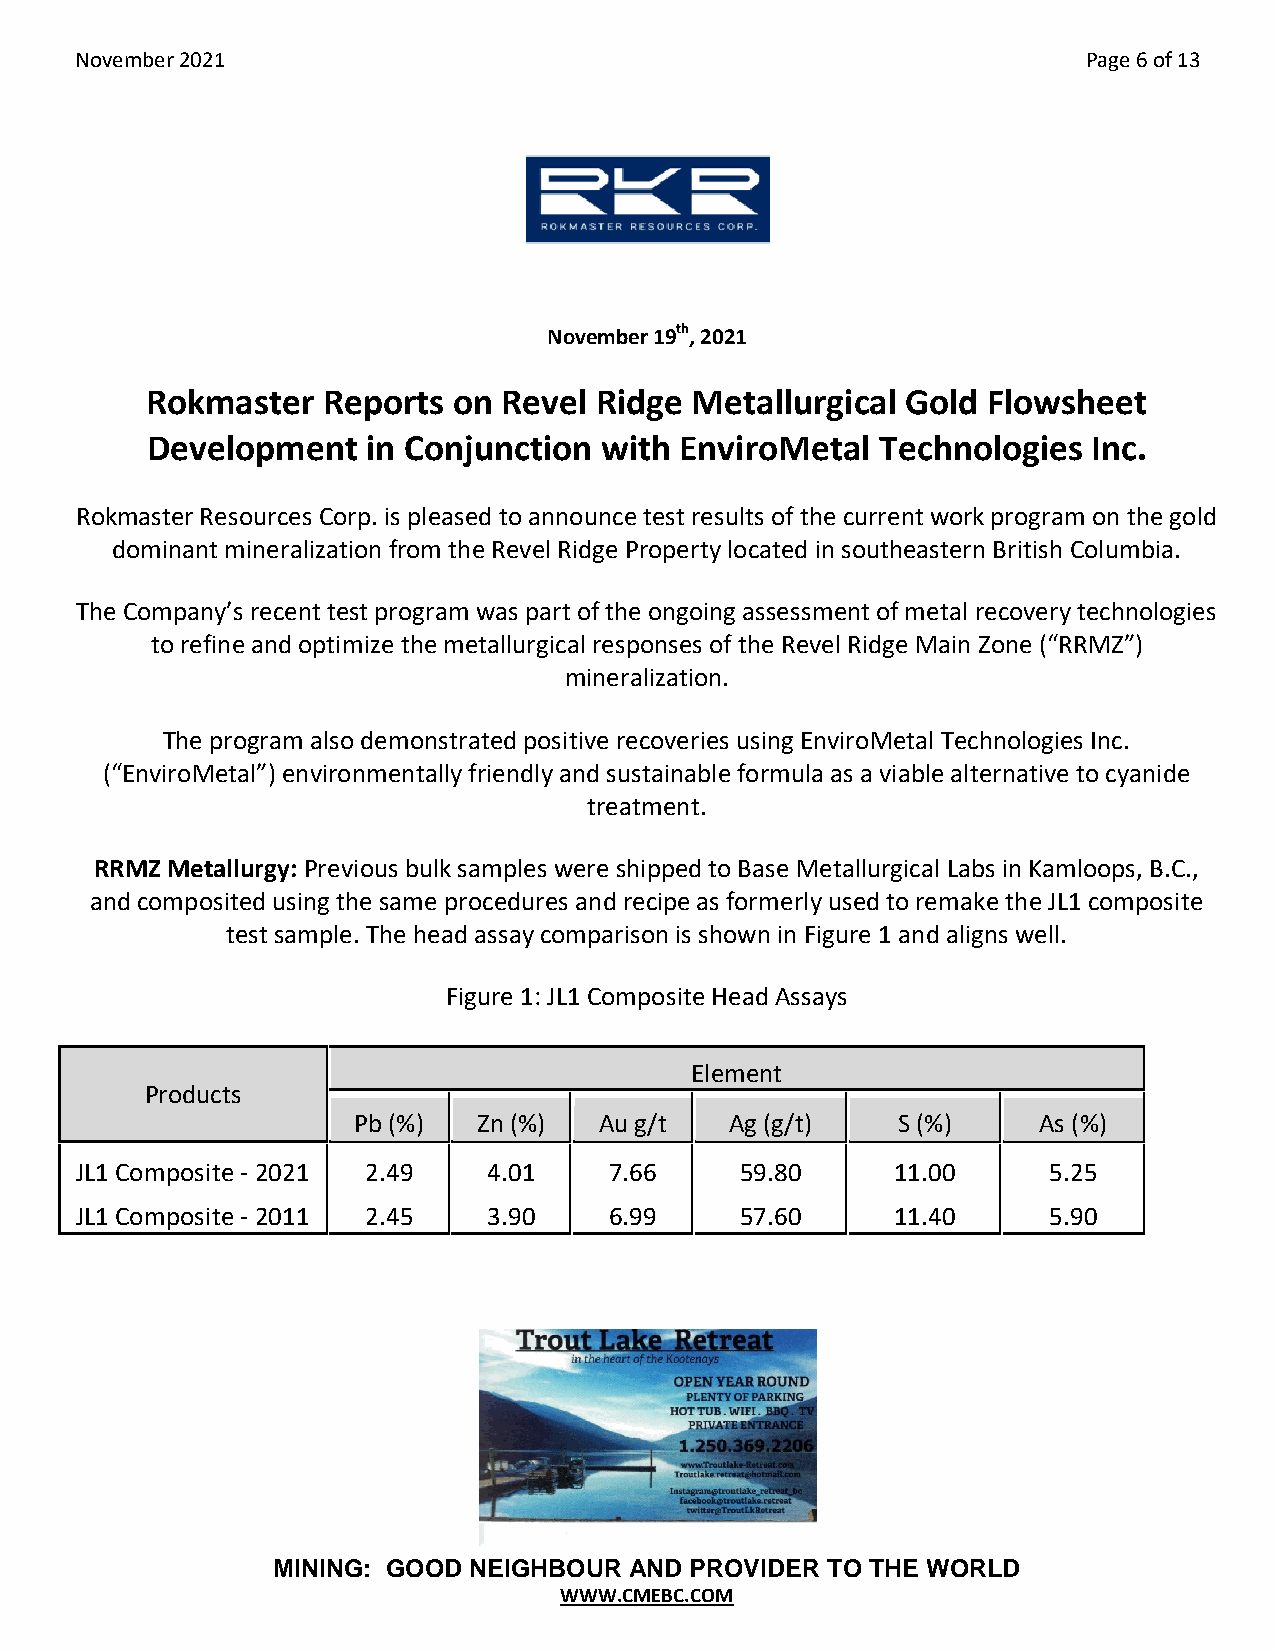
November 2021                                                      Page 6 of 13
 November 19th, 2021
 Rokmaster  Reports  on Revel Ridge  Metallurgical Gold Flowsheet
 Development   in Conjunction  with EnviroMetal  Technologies  Inc.
 Rokmaster Resources Corp. is pleased to announce test results of the current work program on the gold
 dominant mineralization from the Revel Ridge Property located in southeastern British Columbia.
 The Company’s recent test program was part of the ongoing assessment of metal recovery technologies
 to refine and optimize the metallurgical responses of the Revel Ridge Main Zone (“RRMZ”)
 mineralization.
 The program also demonstrated positive recoveries using EnviroMetal Technologies Inc.
 (“EnviroMetal”) environmentally friendly and sustainable formula as a viable alternative to cyanide
 treatment.
 RRMZ Metallurgy: Previous bulk samples were shipped to Base Metallurgical Labs in Kamloops, B.C.,
 and composited using the same procedures and recipe as formerly used to remake the JL1 composite
 test sample. The head assay comparison is shown in Figure 1 and aligns well.
 Figure 1: JL1 Composite Head Assays
 Element
 Products
 Pb (%)   Zn (%)  Au g/t  Ag (g/t)   S (%)     As (%)
 JL1 Composite - 2021 2.49  4.01    7.66     59.80     11.00     5.25
 JL1 Composite - 2011 2.45  3.90    6.99     57.60     11.40     5.90
 MINING: GOOD NEIGHBOUR  AND PROVIDER TO THE WORLD
 WWW.CMEBC.COM